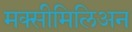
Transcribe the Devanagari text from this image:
मक्सीमिलिअन